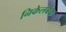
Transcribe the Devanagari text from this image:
निकेलबेक